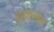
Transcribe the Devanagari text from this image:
चेहर्‍याजवळ